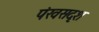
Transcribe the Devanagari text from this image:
पंखसदृश